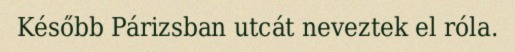
Később Párizsban utcát neveztek el róla.